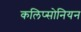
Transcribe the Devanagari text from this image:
कलिप्सोनियन